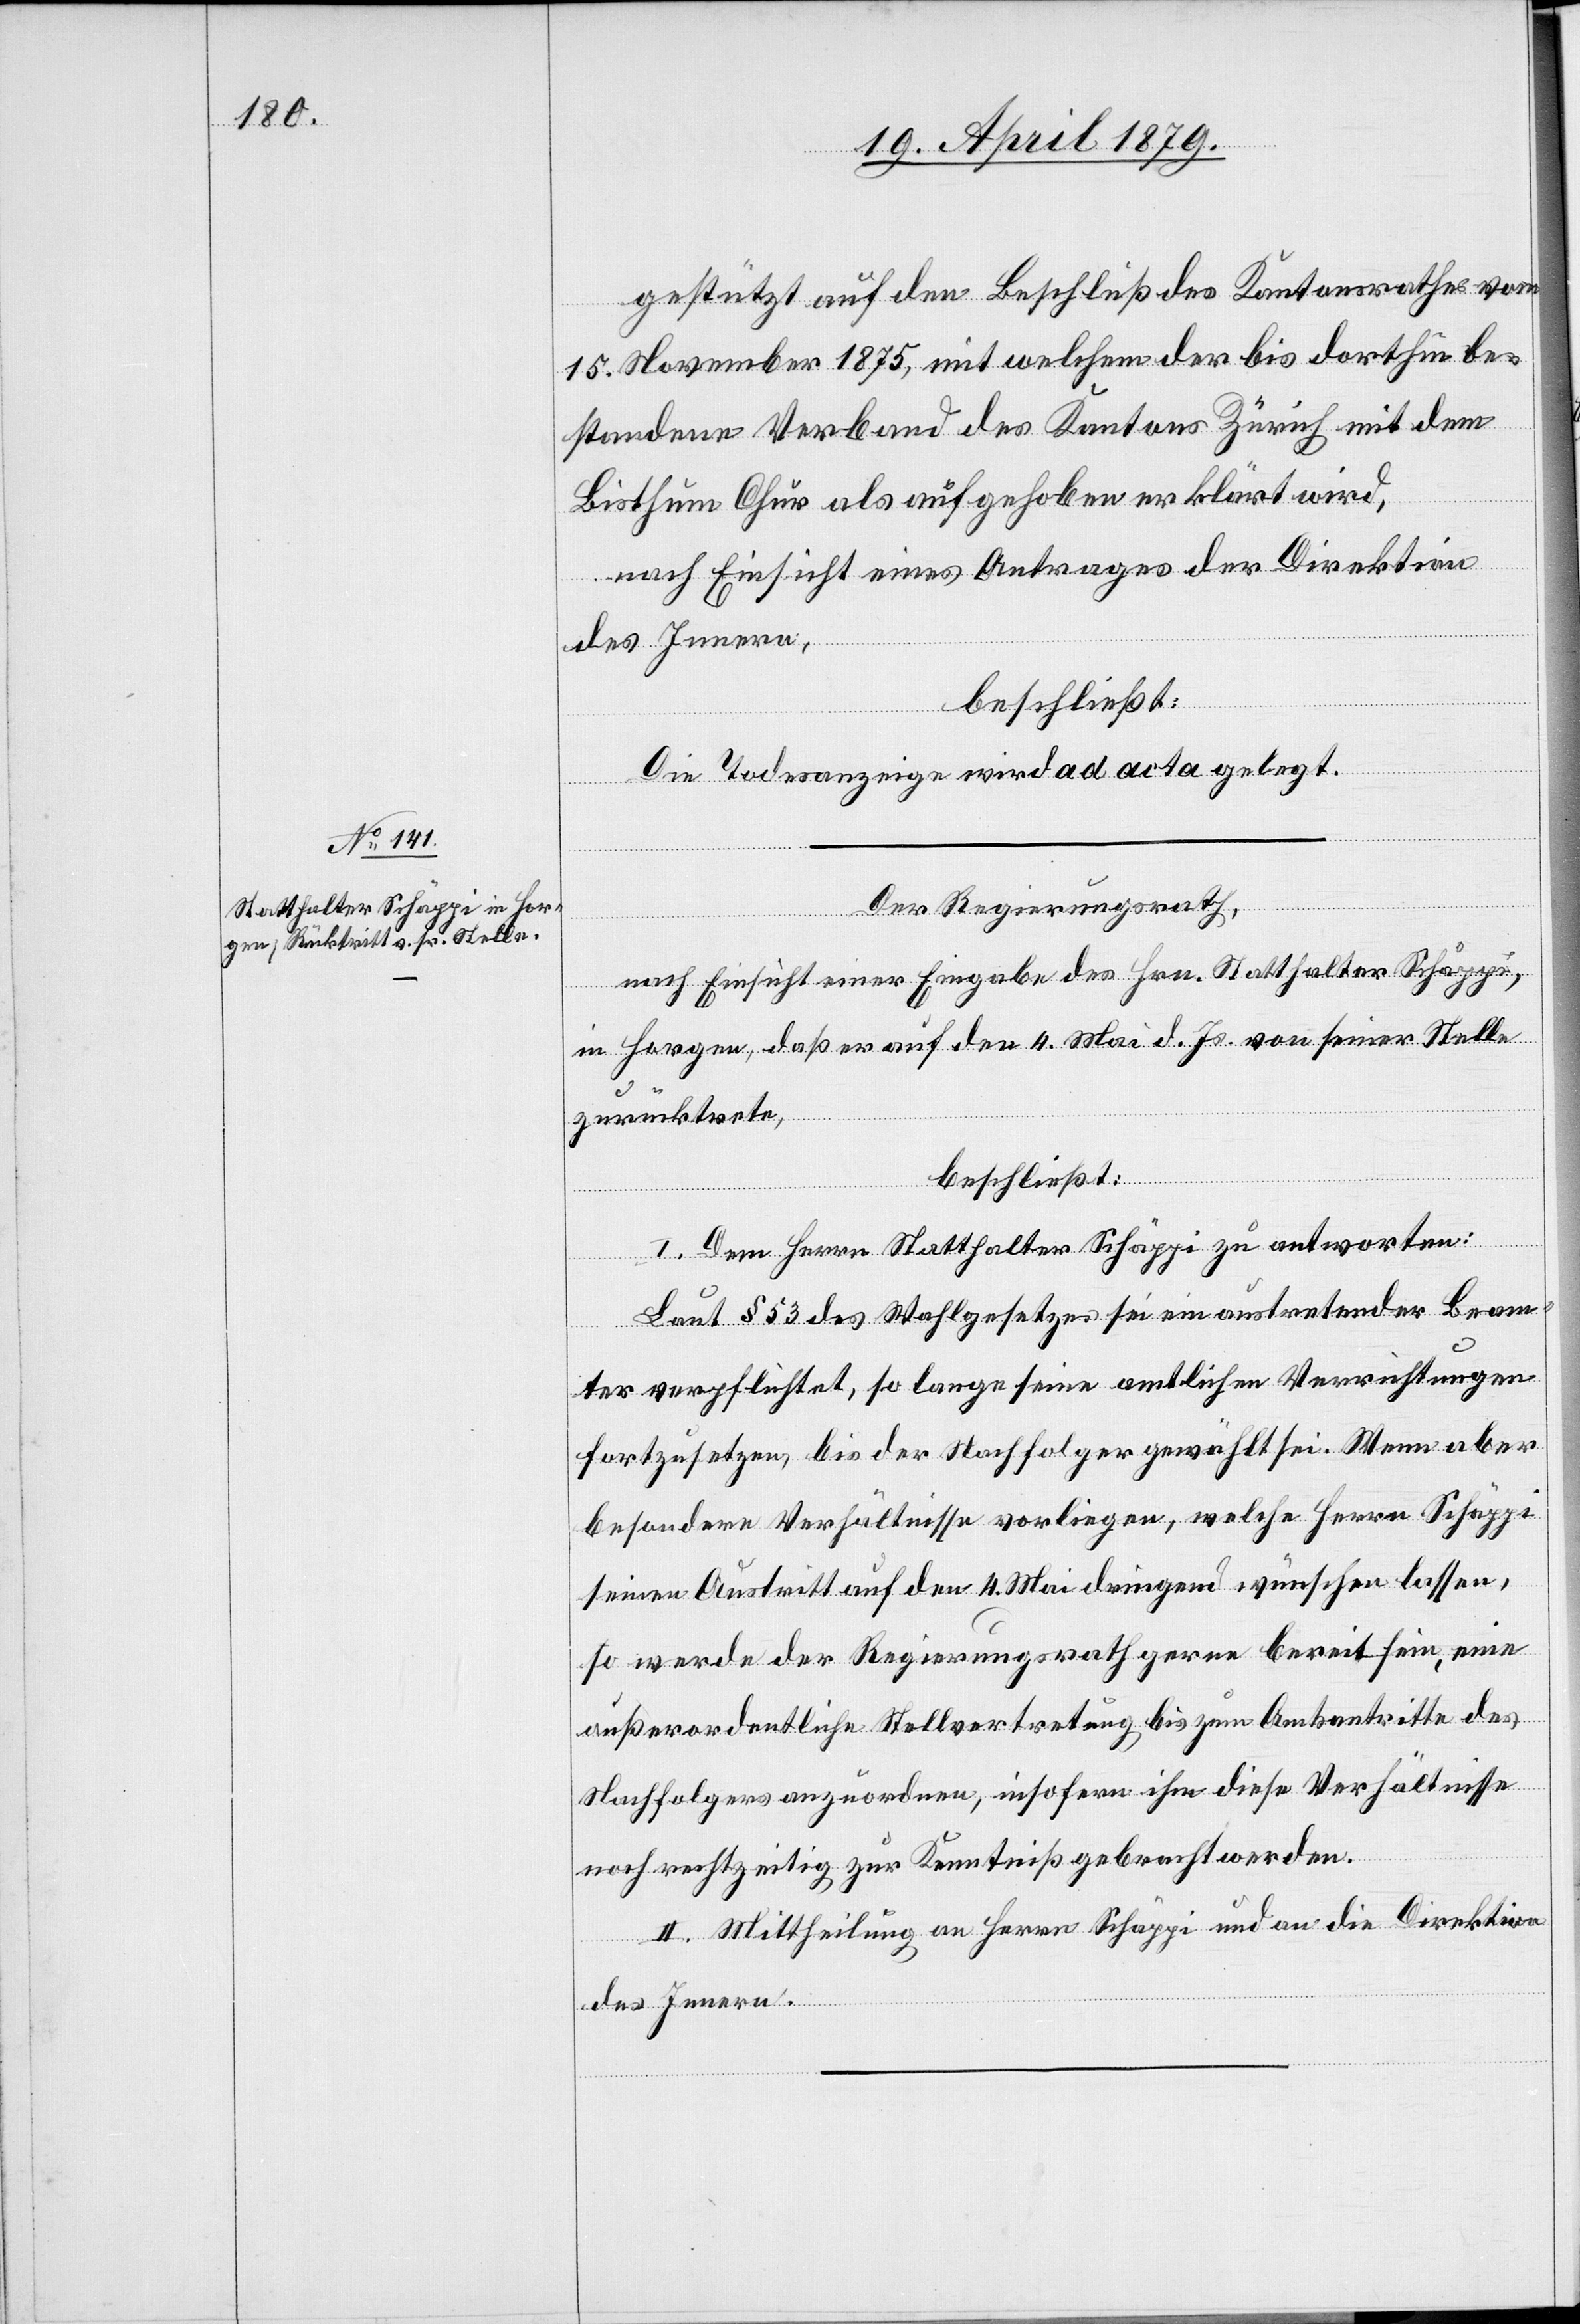
gestützt auf den Beschluß des Kantonsrathes vom
15. November 1875, mit welchem der bis dorthin be¬
standene Verband des Kantons Zürich mit dem
Bisthum Chur als aufgehoben erklärt wird,
nach Einsicht eines Antrages der Direktion
des Innern,
beschließt:
Die Todesanzeige wird ad acta gelegt.
Der Regierungsrath,
nach Einsicht einer Eingabe des Hrn. Statthalter Schäppi,
in Horgen, daß er auf den 4. Mai d. Js. von seiner Stelle
zurücktrete,
beschließt:
I. Dem Herrn Statthalter Schäppi zu antworten:
Laut § 53 des Wahlgesetzes sei ein austretender Beam¬
ter verpflichtet, so lange seine amtlichen Verrichtungen
fortzusetzen, bis der Nachfolger gewählt sei. Wenn aber
besondere Verhältnisse vorliegen, welche Herrn Schäppi
seinen Austritt auf den 4. Mai dringend wünschen lassen,
so werde der Regierungsrath gerne bereit sein, eine
außerordentliche Stellvertretung bis zum Amtsantritte des
Nachfolgers anzuordnen, insofern ihm diese Verhältnisse
noch rechtzeitig zur Kenntniß gebracht werden.
II. Mittheilung an Herrn Schäppi und an die Direktion
des Innern.